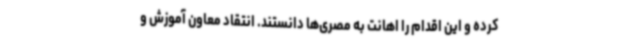
کرده و این اقدام را اهانت به مصری‌ها دانستند. انتقاد معاون آموزش و